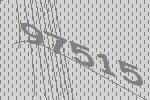
97515